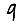
Digit: 9